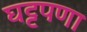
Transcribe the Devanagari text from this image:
घट्टपणा